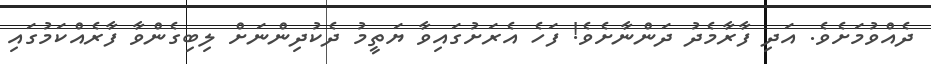
ދެއްވުމަށެވެ. އަދި ފާރާމެދު ދަންނާށެވެ! ފަހެ އެރަށުގައިވާ ޔަތީމު ދެކުދިންނަށް ލިބިގެންވާ ފާރެއްކަމުގައި